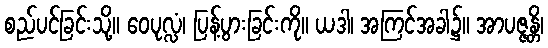
စည်ပင်ခြင်းသို့။ ဝေပုလ္လံ၊ ပြန့်ပွားခြင်းကို။ ယဒါ၊ အကြင်အခါ၌။ အာပဇ္ဇန္တိ၊